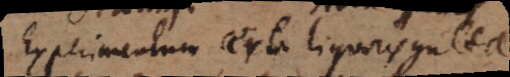
Experimentum certa liquoris gutta